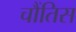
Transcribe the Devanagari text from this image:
चौंतिस